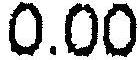
0.00